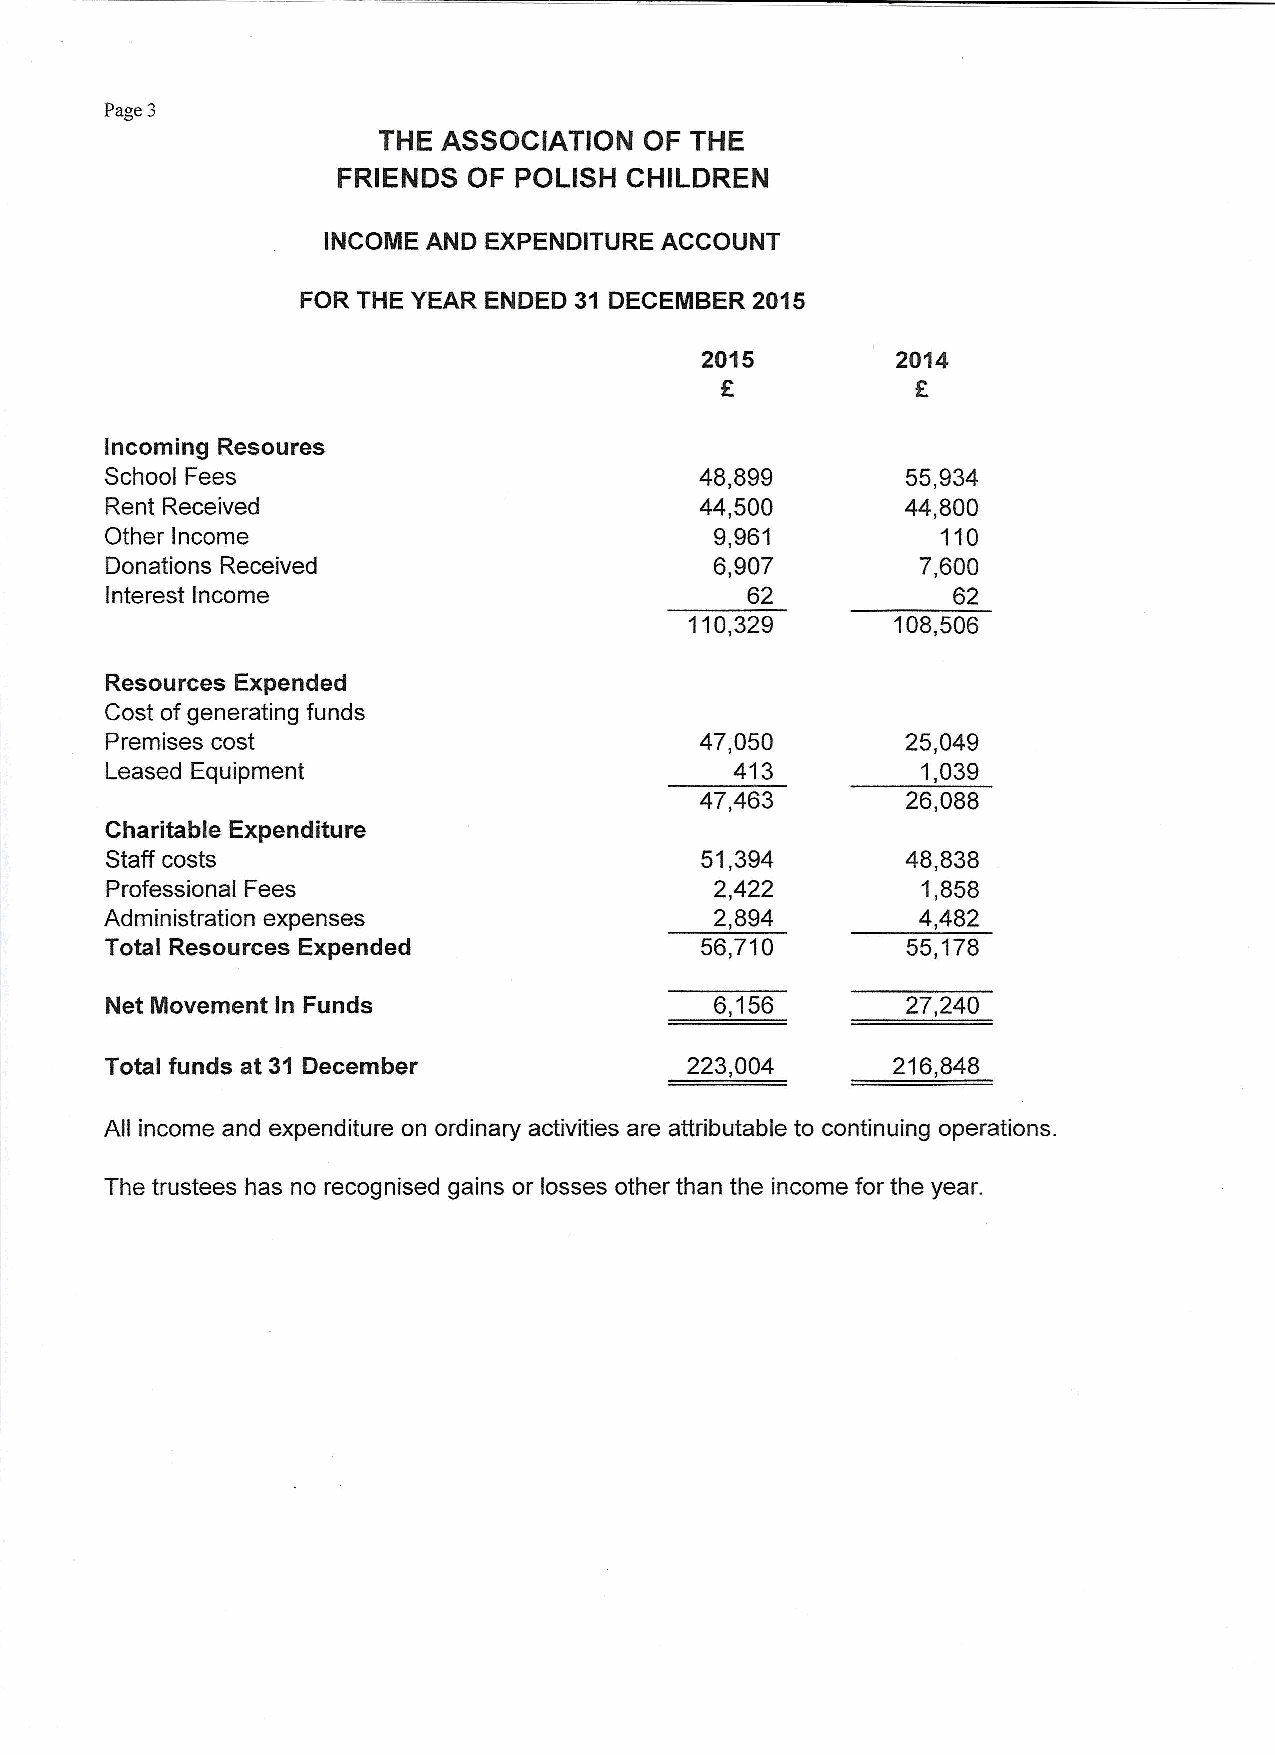
Page 3
 THE ASSOCIATION   OF THE
 FRIENDS  OF POLISH CHILDREN
 INCOME AND EXPENDITURE ACCOUNT
 FOR THE YEAR ENDED 31 DECEIIBER 2015
 2015         2014
 'E
 Incoming Resoures
 School Fees                            48,899        55,934
 Rent Received                          44,500        44,800
 Other Income                            9,961          110
 Donations Received                      6,907         7,600
 Interest Income                           62            62
 110,329      108,506
 Resources Expended
 Cost ofgenerating funds
 Premises cost                          47,050        25,049
 Leased Equipment                          413         1,039
 47,463        26,088
 Charitable Expenditure
 Staff costs                            51,394        48,838
 Professional Fees                       2,422         1,858
 Administration expenses                 2,894         4,482
 Total Resources Expended               56,710        55,178
 Net Movement In Funds                   6,156        27,240
 Total funds at 31 December             223,004      216,848
 All income and expenditure on ordinary activities are attributable to continuing operations.
 The trustees has no recognised gains or losses other than the income for the year.